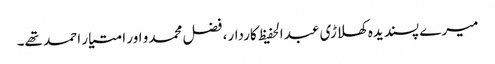
میرے پسندیدہ کھلاڑی عبد الحفیظ کاردار، فضل محمدو اور امتیار احمد تھے۔